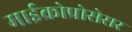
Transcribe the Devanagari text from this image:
माईक्रोप्रोसेसर